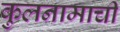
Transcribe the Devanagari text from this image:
कुलनामाची